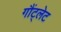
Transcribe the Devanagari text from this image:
गौंट्लेट